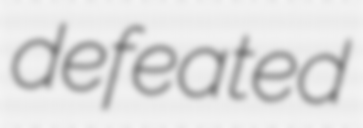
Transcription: defeated